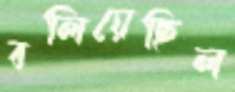
বলিয়েছিল